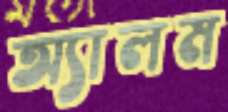
অ্যালম